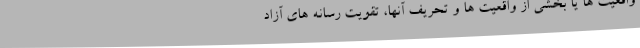
واقعیت ها یا بخشی از واقعیت ها و تحریف آنها، تقویت رسانه های آزاد